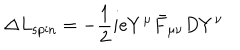
\Delta L _ { \mathrm { s p i n } } = - { \frac { 1 } { 2 } } i e Y ^ { \mu } \bar { F } _ { \mu \nu } D Y ^ { \nu } \,